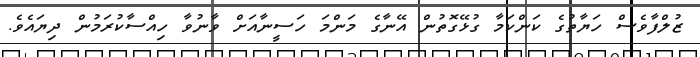
ޒުލްފާވެސް ހަޔާތުގެ ކަންކަމާ ގުޅޭގޮތުން އޭނާގެ މަންމަ ހަސީނާއަށް ވާނުވާ ހިއްސާކުރަމުން ދިޔައެވެ.